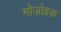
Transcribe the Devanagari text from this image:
मोज़ोइक